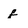
Character: f